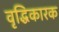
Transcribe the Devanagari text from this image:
वृद्धिकारक